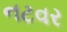
નટવર